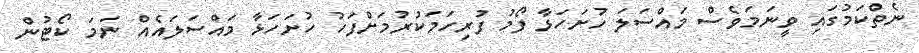
ނެތްކަމުގައި ވީނަމަވެސް މައްސަލަ ހުށަހަޅާ ފޯމު ފުރިހަމަކުރުމަށްފަހު ހުށަހަޅާ މައްސަލައެއް ނަމަ ކޯޓުން